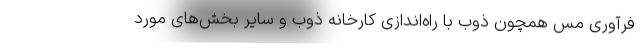
فرآوری مس همچون ذوب با راه‌اندازی کارخانه ذوب و سایر بخش‌های مورد